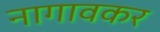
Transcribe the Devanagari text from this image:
नागावकर